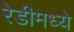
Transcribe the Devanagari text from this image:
रेडीमध्ये